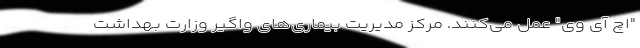
"اچ آی وی" عمل می‌‌کنند. مرکز مدیریت بیماری‌‌های واگیر وزارت بهداشت